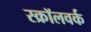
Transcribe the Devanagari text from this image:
स्क्रॉलवर्क